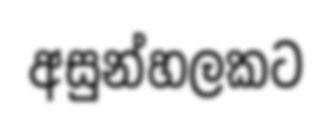
අසුන්හලකට